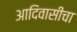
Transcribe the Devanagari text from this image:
आदिवासीचा